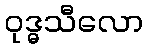
ဝုဒ္ဓသီလော